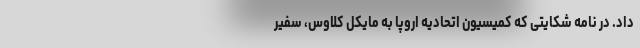
داد. در نامه شکایتی که کمیسیون اتحادیه اروپا به مایکل کلاوس، سفیر